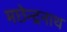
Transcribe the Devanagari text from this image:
मछेन्द्रनाथ